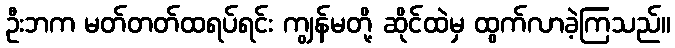
ဦးဘက မတ်တတ်ထရပ်ရင်း ကျွန်မတို့ ဆိုင်ထဲမှ ထွက်လာခဲ့ကြသည်။